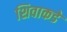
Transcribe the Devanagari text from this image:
शिवाकडे